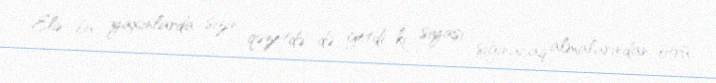
Elə bu yaxınlarda sizin qəzetdə də getdi ki, siyasi sığınacaq almalarından ötrü